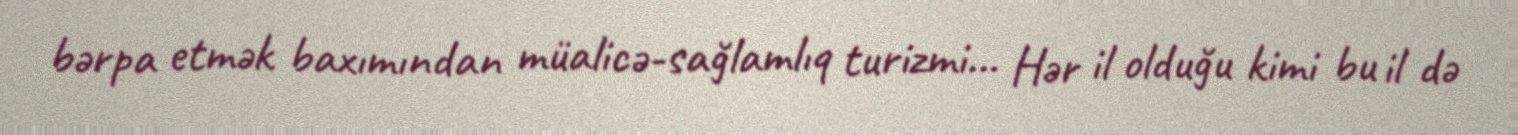
bərpa etmək baxımından müalicə-sağlamlıq turizmi... Hər il olduğu kimi bu il də